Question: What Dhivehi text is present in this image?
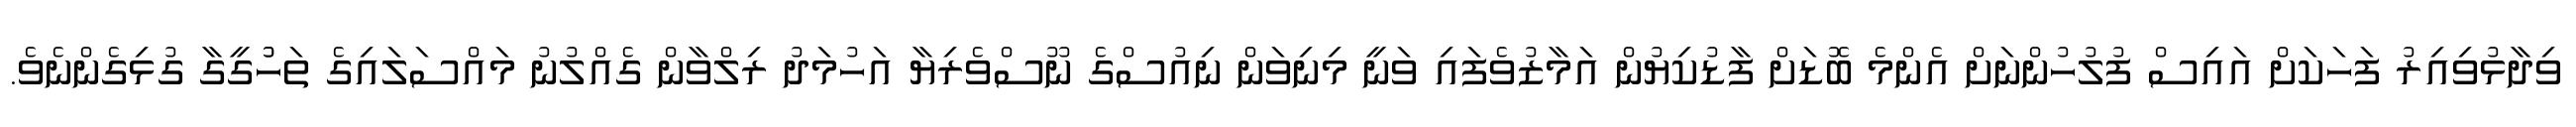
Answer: ވިދާޅުވިއިރު ފަހަކަށް އައިސް ފުލުހުންނަށް އެންމެ ބޮޑަށް ފާޑުކިޔުން އަމާޒުވެފައި ވަނީ މިނިވަން ނިއުސްގެ ނޫސްވެރިޔާ އަހުމަދު ރިލްވާން ގެއްލުނު މައްސަލައިގެ ތަހުުގީގާ ގުޅިގެންނެވެ.